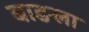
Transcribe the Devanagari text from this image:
बाङला